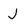
Character: J